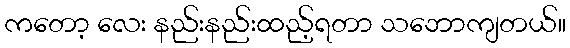
ကတော့ လေး နည်းနည်းထည့်ရတာ သဘောကျတယ်။